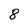
Character: 8